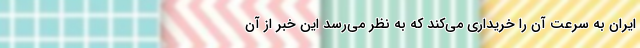
ایران به سرعت آن را خریداری می‌کند که به نظر می‌رسد این خبر از آن